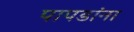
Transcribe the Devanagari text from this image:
पापडांना